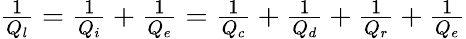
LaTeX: \begin{array}{r}{\frac{1}{Q_{l}}=\frac{1}{Q_{i}}+\frac{1}{Q_{e}}=\frac{1}{Q_{c}}+\frac{1}{Q_{d}}+\frac{1}{Q_{r}}+\frac{1}{Q_{e}}}\end{array}